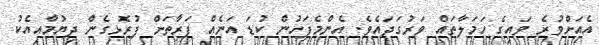
އެއަށްވުރެ ވައިގެ ހަމަލާތައް ވަރުގަދައެވެ. އެންމެފަހުން ކުޑަ އަނެއް ފަރާތަށް ފުރޮޅިގެން ދިޔުމާއިއެކު